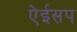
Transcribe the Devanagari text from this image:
ऐईसप